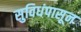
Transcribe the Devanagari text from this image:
सुविधंपासून